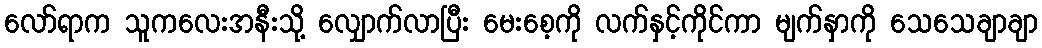
လော်ရာက သူကလေးအနီးသို့ လျှောက်လာပြီး မေးစေ့ကို လက်နှင့်ကိုင်ကာ မျက်နှာကို သေသေချာချာ